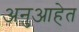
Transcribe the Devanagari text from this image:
अनुआहेत